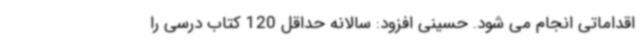
اقداماتی انجام می شود. حسینی افزود: سالانه حداقل 120 کتاب درسی را